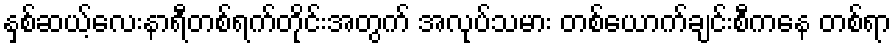
နှစ်ဆယ့်လေးနာရီတစ်ရက်တိုင်းအတွက် အလုပ်သမား တစ်ယောက်ချင်းစီကနေ တစ်ရာ